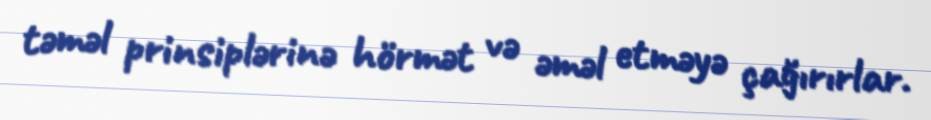
təməl prinsiplərinə hörmət və əməl etməyə çağırırlar.